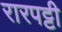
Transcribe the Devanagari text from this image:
रारपट्टी